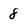
Character: 8